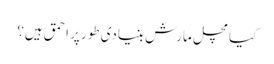
کیا مچل مارش بنیادی طور پر احمق ہیں؟